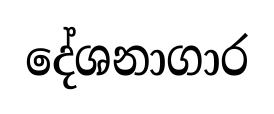
දේශනාගාර